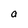
Character: a